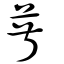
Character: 尗